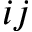
i j